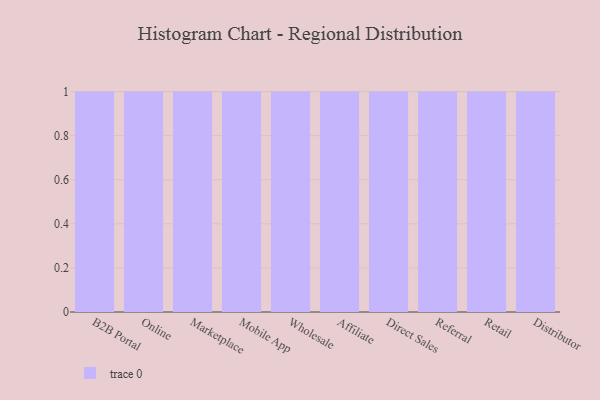
{"axis": {"x": "Channel", "y": "Population (Million)"}, "legend": [""], "data": [{"x": "B2B Portal", "y": 66, "type": ""}, {"x": "Online", "y": 70, "type": ""}, {"x": "Marketplace", "y": 32, "type": ""}, {"x": "Mobile App", "y": 33, "type": ""}, {"x": "Wholesale", "y": 84, "type": ""}, {"x": "Affiliate", "y": 40, "type": ""}, {"x": "Direct Sales", "y": 28, "type": ""}, {"x": "Referral", "y": 55, "type": ""}, {"x": "Retail", "y": 63, "type": ""}, {"x": "Distributor", "y": 11, "type": ""}]}